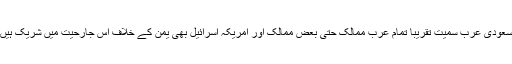
سعودی عرب سمیت تقریبا تمام عرب ممالک حتیٰ بعض ممالک اور امریکہ اسرائیل بھی یمن کے خلاف اس جارحیت میں شریک ہیں۔